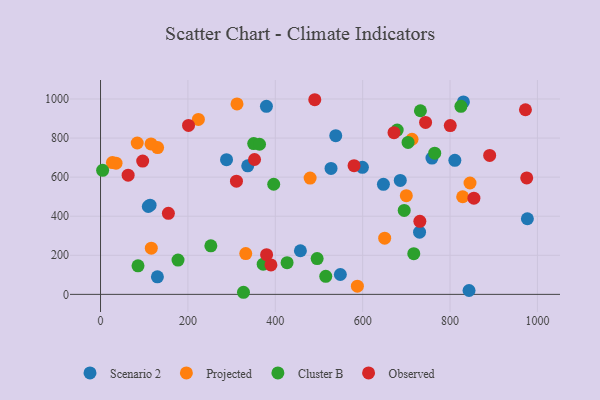
{"axis": {"x": "Engine Size", "y": "Fuel Efficiency"}, "legend": ["Cluster B", "Observed", "Projected", "Scenario 2"], "data": [{"x": "527.6", "y": 644.4, "type": "Scenario 2"}, {"x": "830.6", "y": 984.9, "type": "Scenario 2"}, {"x": "843.5", "y": 19.7, "type": "Scenario 2"}, {"x": "686.1", "y": 583.4, "type": "Scenario 2"}, {"x": "457.5", "y": 223.2, "type": "Scenario 2"}, {"x": "811.0", "y": 686.2, "type": "Scenario 2"}, {"x": "548.9", "y": 101.7, "type": "Scenario 2"}, {"x": "599.4", "y": 650.3, "type": "Scenario 2"}, {"x": "288.4", "y": 689.4, "type": "Scenario 2"}, {"x": "977.0", "y": 386.9, "type": "Scenario 2"}, {"x": "758.6", "y": 697.6, "type": "Scenario 2"}, {"x": "647.5", "y": 563.2, "type": "Scenario 2"}, {"x": "130.2", "y": 89.7, "type": "Scenario 2"}, {"x": "336.9", "y": 657.8, "type": "Scenario 2"}, {"x": "379.7", "y": 962.2, "type": "Scenario 2"}, {"x": "113.4", "y": 456.5, "type": "Scenario 2"}, {"x": "730.2", "y": 318.4, "type": "Scenario 2"}, {"x": "109.3", "y": 449.6, "type": "Scenario 2"}, {"x": "538.4", "y": 812.3, "type": "Scenario 2"}, {"x": "84.0", "y": 774.6, "type": "Projected"}, {"x": "27.2", "y": 674.3, "type": "Projected"}, {"x": "650.4", "y": 287.5, "type": "Projected"}, {"x": "130.6", "y": 751.3, "type": "Projected"}, {"x": "587.9", "y": 41.7, "type": "Projected"}, {"x": "224.0", "y": 895.3, "type": "Projected"}, {"x": "713.0", "y": 794.0, "type": "Projected"}, {"x": "115.6", "y": 769.8, "type": "Projected"}, {"x": "312.4", "y": 974.8, "type": "Projected"}, {"x": "828.9", "y": 499.6, "type": "Projected"}, {"x": "479.7", "y": 595.1, "type": "Projected"}, {"x": "845.7", "y": 569.9, "type": "Projected"}, {"x": "116.2", "y": 236.3, "type": "Projected"}, {"x": "35.5", "y": 671.3, "type": "Projected"}, {"x": "332.4", "y": 208.7, "type": "Projected"}, {"x": "699.9", "y": 505.3, "type": "Projected"}, {"x": "177.4", "y": 175.7, "type": "Cluster B"}, {"x": "717.0", "y": 208.5, "type": "Cluster B"}, {"x": "350.6", "y": 772.0, "type": "Cluster B"}, {"x": "824.9", "y": 962.3, "type": "Cluster B"}, {"x": "495.8", "y": 183.3, "type": "Cluster B"}, {"x": "427.0", "y": 162.2, "type": "Cluster B"}, {"x": "327.2", "y": 10.7, "type": "Cluster B"}, {"x": "363.9", "y": 768.4, "type": "Cluster B"}, {"x": "732.2", "y": 939.8, "type": "Cluster B"}, {"x": "764.9", "y": 722.5, "type": "Cluster B"}, {"x": "252.5", "y": 248.5, "type": "Cluster B"}, {"x": "4.8", "y": 635.1, "type": "Cluster B"}, {"x": "703.9", "y": 777.6, "type": "Cluster B"}, {"x": "679.0", "y": 841.0, "type": "Cluster B"}, {"x": "515.5", "y": 92.1, "type": "Cluster B"}, {"x": "85.8", "y": 145.9, "type": "Cluster B"}, {"x": "372.3", "y": 154.7, "type": "Cluster B"}, {"x": "695.1", "y": 429.6, "type": "Cluster B"}, {"x": "396.4", "y": 563.6, "type": "Cluster B"}, {"x": "96.5", "y": 682.4, "type": "Observed"}, {"x": "972.6", "y": 944.8, "type": "Observed"}, {"x": "854.6", "y": 492.3, "type": "Observed"}, {"x": "800.5", "y": 863.9, "type": "Observed"}, {"x": "352.5", "y": 690.2, "type": "Observed"}, {"x": "730.9", "y": 374.0, "type": "Observed"}, {"x": "890.7", "y": 711.3, "type": "Observed"}, {"x": "671.7", "y": 827.5, "type": "Observed"}, {"x": "311.1", "y": 579.4, "type": "Observed"}, {"x": "380.1", "y": 203.0, "type": "Observed"}, {"x": "580.3", "y": 658.5, "type": "Observed"}, {"x": "201.4", "y": 864.7, "type": "Observed"}, {"x": "63.2", "y": 609.8, "type": "Observed"}, {"x": "744.0", "y": 880.2, "type": "Observed"}, {"x": "390.0", "y": 150.7, "type": "Observed"}, {"x": "155.3", "y": 415.0, "type": "Observed"}, {"x": "490.4", "y": 996.2, "type": "Observed"}, {"x": "975.5", "y": 596.1, "type": "Observed"}]}